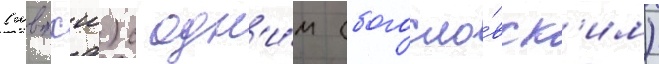
(мвпхш) с одн'и́м (богосло́вск'им)